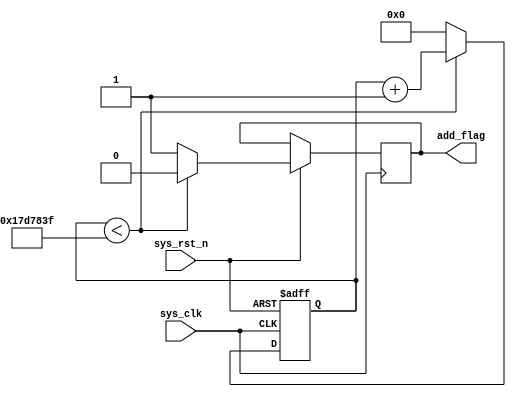
/*******************************************************************************
@Author: H 
@Associated Filename: time_count.v
@Purpose: Low-level module
@Device: All 
@Version: 
@Date: 2021/09/10 18:38:17

*******************************************************************************/
module time_count (
    input sys_clk,
    input sys_rst_n,

    output reg add_flag
);
    parameter MAX_NUM = 25000_000;
    reg [24:0] cnt;

    /*******************************************************************************
     *                                 Main Code
    *******************************************************************************/
    always @(posedge sys_clk or negedge sys_rst_n ) begin
        if(!sys_rst_n)begin
            cnt <= 25'b0;
        end
        else if(cnt < MAX_NUM - 1'b1)begin
            add_flag <= 1'b0;
            cnt <= cnt + 1'b1;
        end 
        else begin
            cnt <= 25'b0;
            add_flag <= 1'b1;
        end
    end
endmodule